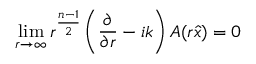
\operatorname* { l i m } _ { r \to \infty } r ^ { \frac { n - 1 } { 2 } } \left( { \frac { \partial } { \partial r } } - i k \right) A ( r { \hat { x } } ) = 0